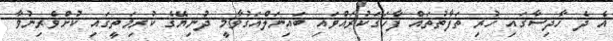
އެ ދެ ހާދިސާގައި ހުރި ތަފާތުތައް ފާހަގަކުރައްވައި ބައިނަލްއަގުވާމީ ދުނިޔޭގެ ކުރިމަތީގައި ކުށްވެރިނުވާ